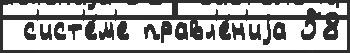
 с'ист'е́м'е правл'е́н'иjа 58